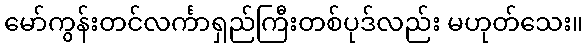
မော်ကွန်းတင်လင်္ကာရှည်ကြီးတစ်ပုဒ်လည်း မဟုတ်သေး။